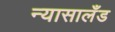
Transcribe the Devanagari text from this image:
न्यासालँड